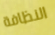
النظافة